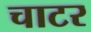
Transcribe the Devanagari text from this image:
चाटर